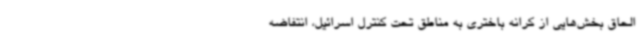
الحاق بخش‌هایی از کرانه باختری به مناطق تحت کنترل اسرائیل، انتفاضه